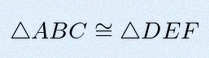
\triangle ABC\cong\triangle DEF